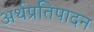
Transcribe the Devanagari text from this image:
अर्थप्रतिपादन